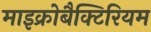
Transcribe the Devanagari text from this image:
माइक्रोबैक्टिरियम